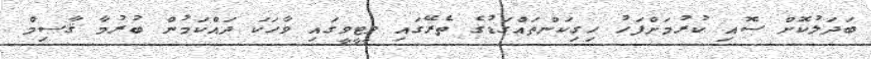
ބަދަލުކޮށް ސޮއި ކުރުމަށްފަހު ހިގިކަންތައްގަޑުގެ ތެރޭގައި ވީޓީވީގައި ވާހަކަ ދައްކަމުން ބުރުމާ ޤާސިމް